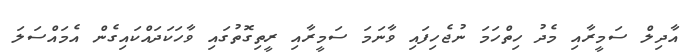
އާދިލް ސަމީރާއި މެދު ހިތްހަމަ ނުޖެހިފައި ވާނަމަ ސަމީރާއި ރީތިގޮތުގައި ވާހަކަދައްކައިގެން އެމައްސަލަ